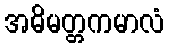
အဓိမတ္တကမာလံ